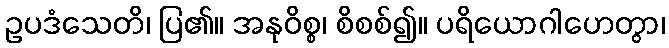
ဥပဒံသေတိ၊ ပြ၏။ အနုဝိစ္စ၊ စိစစ်၍။ ပရိယောဂါဟေတွာ၊